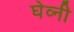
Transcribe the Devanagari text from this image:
घेव्नी